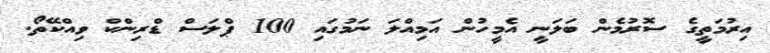
އިރުމަތީގެ ސޮރުމެން ބަލަނީ އެމީހުން އަމިއްލަ ނަމުގައި 100 ޕްލަސް ޑްރިންކް ވިއްކޭތޯ.